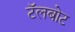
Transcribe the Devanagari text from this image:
टॅलबोट